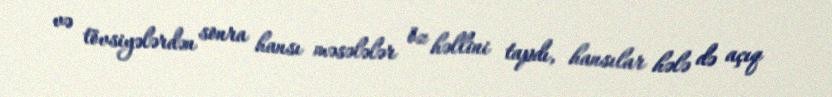
və tövsiyələrdən sonra hansı məsələlər öz həllini tapdı, hansılar hələ də açıq